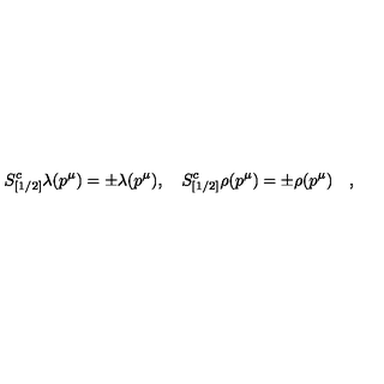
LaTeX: S _ { [ 1 / 2 ] } ^ { c } \lambda ( p ^ { \mu } ) = \pm \lambda ( p ^ { \mu } ) , \quad S _ { [ 1 / 2 ] } ^ { c } \rho ( p ^ { \mu } ) = \pm \rho ( p ^ { \mu } ) \quad ,